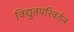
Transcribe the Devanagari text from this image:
विद्युतपरिवर्तन